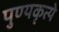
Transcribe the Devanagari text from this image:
पुण्यकृत्ये